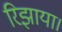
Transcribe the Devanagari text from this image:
रिझाया।